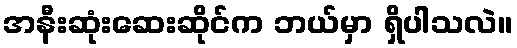
အနီးဆုံးဆေးဆိုင်က ဘယ်မှာ ရှိပါသလဲ။